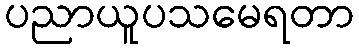
ပညာယူပသမေရတာ